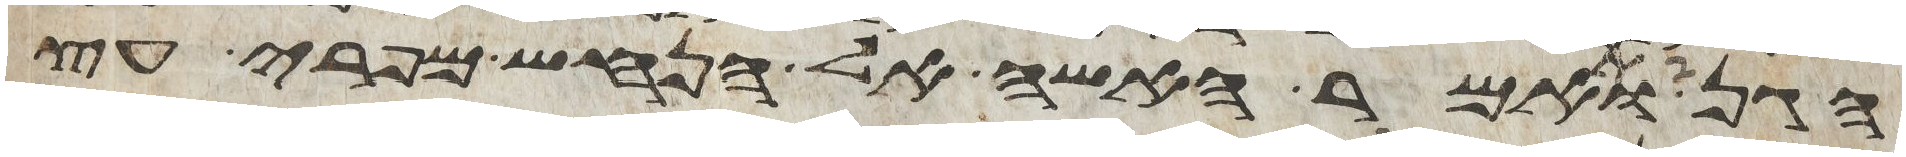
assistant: הגן ותאמר האשה אל הנחש מפרי עץ